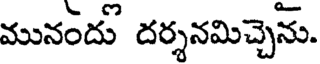
మునందు దర్శనమిచ్చెను.